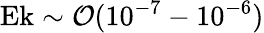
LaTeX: \textrm{Ek}\sim\mathcal{O}(10^{-7}-10^{-6})